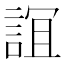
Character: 𧨏